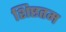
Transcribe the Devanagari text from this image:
शिष्टतम